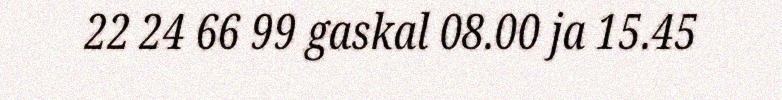
22 24 66 99 gaskal 08.00 ja 15.45